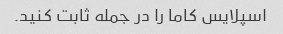
اسپلایس کاما را در جمله ثابت کنید.